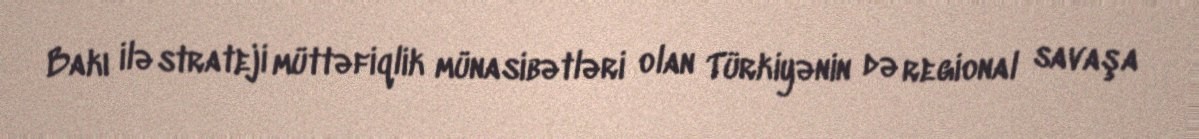
Bakı ilə strateji müttəfiqlik münasibətləri olan Türkiyənin də regional savaşa